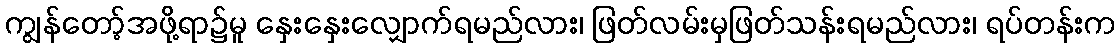
ကျွန်တော့်အဖို့ရာ၌မူ နှေးနှေးလျှောက်ရမည်လား၊ ဖြတ်လမ်းမှဖြတ်သန်းရမည်လား၊ ရပ်တန်းက